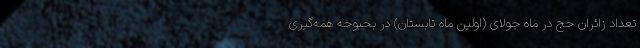
تعداد زائران حج در ماه جولای (اولین ماه تابستان) در بحبوحه همه‌گیری